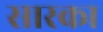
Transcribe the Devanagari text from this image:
सारका